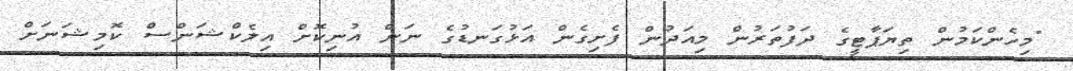
"މިހެންކަމުން ތިޔަޕާޓީގެ ދަފުތަރުން މިއަދުން ފެށިގެން އަޅުގަނޑުގެ ނަން އުނިކޮށް އިލެކްޝަންސް ކޮމިޝަނަށް